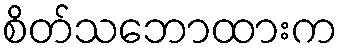
စိတ်သဘောထားက